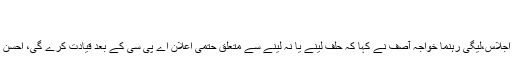
لیگی قیادت کے بڑےسرجوڑ کر بیٹھ گئے
30 Jul, 2018 | 10:46 AM
راؤ دلشاد:لاہور میں مسلم لیگ نون کی قیادت کا مشاورتی اجلاس،لیگی رہنما خواجہ آصف نے کہا کہ حلف لینے یا نہ لینے سے متعلق حتمی اعلان اے پی سی کے بعد قیادت کرے گی، احسن اقبال اور مشاہد اللہ خان نے انتخابات متنازع قرار دے دیا۔